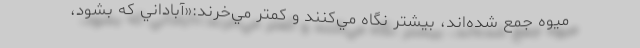
ميوه جمع شده‌اند، بيشتر نگاه مي‌كنند و كمتر مي‌خرند:«آباداني كه بشود،